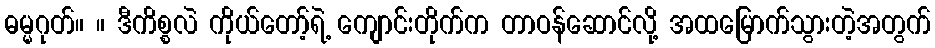
ဓမ္မဂုတ်။ ။ ဒီကိစ္စလဲ ကိုယ်တော့်ရဲ့ ကျောင်းတိုက်က တာဝန်ဆောင်လို့ အထမြောက်သွားတဲ့အတွက်